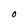
Character: O